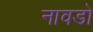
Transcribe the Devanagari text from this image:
नावडो